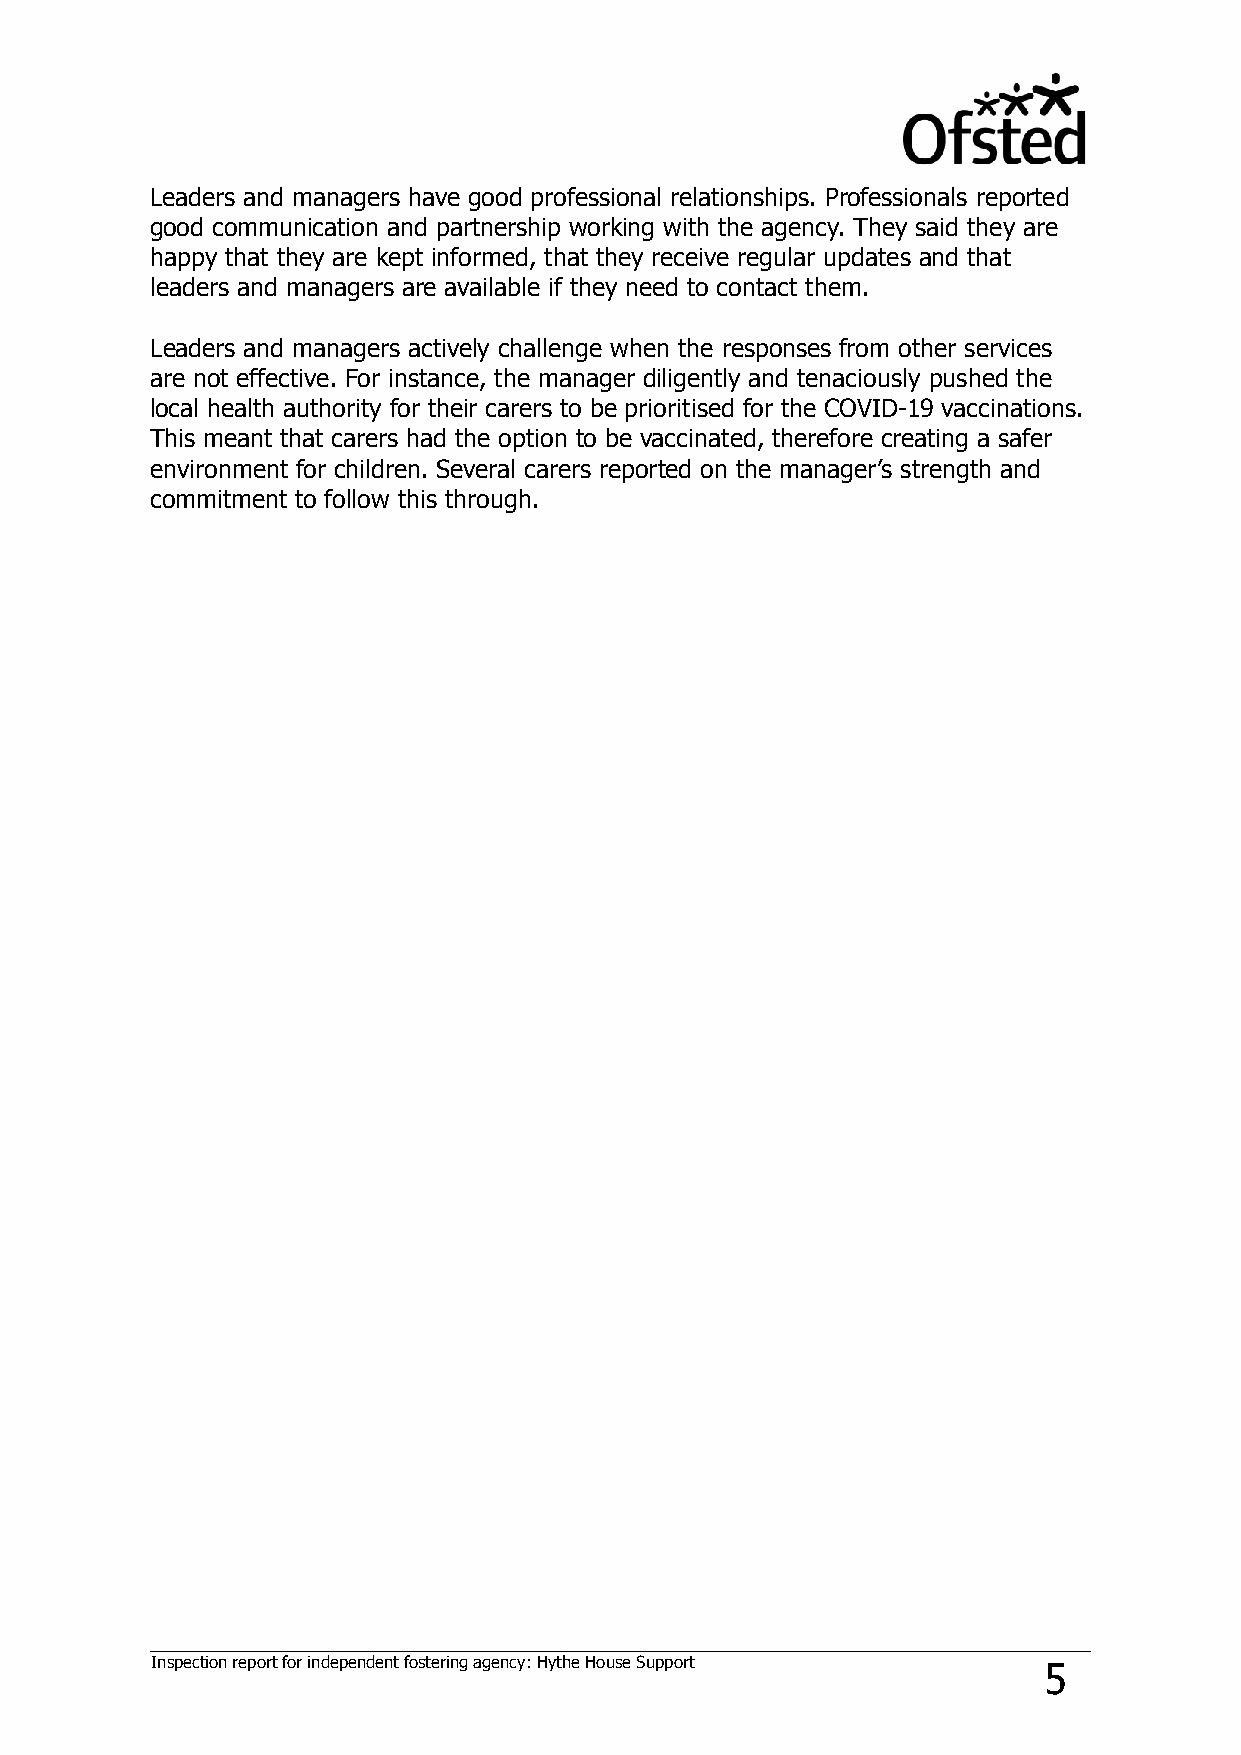
Leaders and managers have good professional relationships. Professionals reported
 good communication and partnership working with the agency. They said they are
 happy that they are kept informed, that they receive regular updates and that
 leaders and managers are available if they need to contact them.
 Leaders and managers actively challenge when the responses from other services
 are not effective. For instance, the manager diligently and tenaciously pushed the
 local health authority for their carers to be prioritised for the COVID-19 vaccinations.
 This meant that carers had the option to be vaccinated, therefore creating a safer
 environment for children. Several carers reported on the manager’s strength and
 commitment to follow this through.
 Inspection report for independent fostering agency: Hythe House Support 5